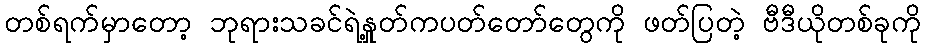
တစ်ရက်မှာတော့ ဘုရားသခင်ရဲ့နှုတ်ကပတ်တော်တွေကို ဖတ်ပြတဲ့ ဗီဒီယိုတစ်ခုကို